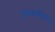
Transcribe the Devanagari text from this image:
कपल्डडीवैसेस